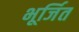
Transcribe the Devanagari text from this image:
भूर्जित